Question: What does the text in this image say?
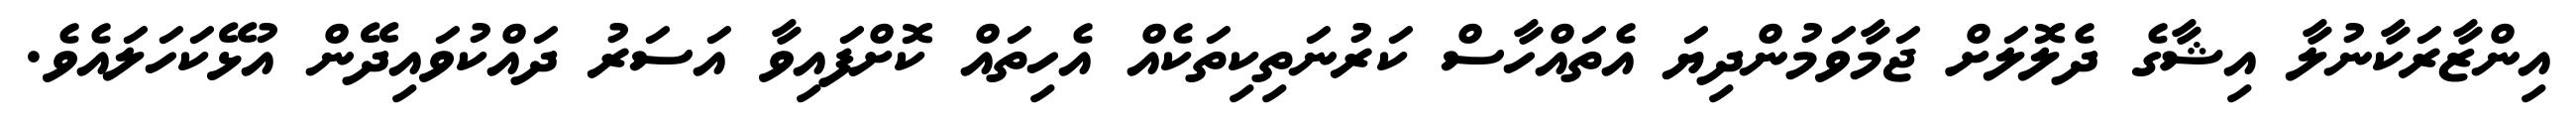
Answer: އިންޒާރަކާނުލާ އިޝާގެ ދެލޮލަށް ޖަމާވަމުންދިޔަ އެތައްހާސް ކަރުނަތިކިތަކެއް އެހިތައް ކޮށްފައިވާ އަސަރު ދައްކުވައިދޭން އުޅޭކަހަލައެވެ.